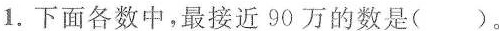
1.下面各数中，最接近90万的数是()。